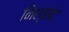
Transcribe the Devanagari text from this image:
निश्छंद